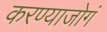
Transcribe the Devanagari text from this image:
करण्याजोगं